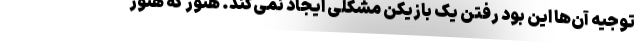
توجیه آن‌ها این بود رفتن یک بازیکن مشکلی ایجاد نمی‌کند. هنوز که هنوز